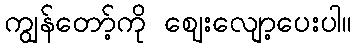
ကျွန်တော့်ကို ဈေးလျော့ပေးပါ။